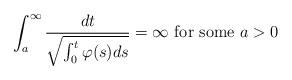
LaTeX: \begin{align*} \int_a^\infty\frac{dt}{\sqrt{\int_0^t\varphi(s)ds}}=\infty\mbox{ for some } a>0 \end{align*}